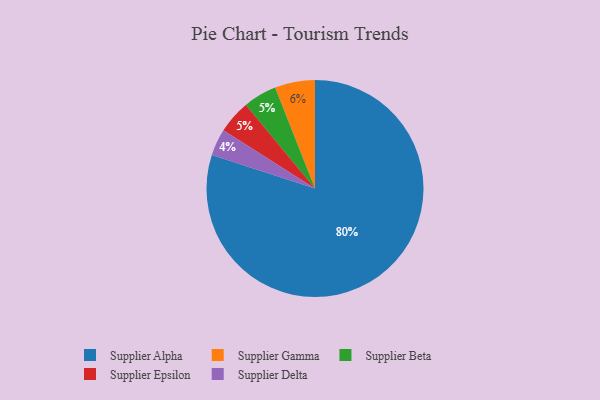
{"axis": {"x": "Category", "y": "Percentage"}, "legend": ["Supplier Alpha", "Supplier Beta", "Supplier Delta", "Supplier Epsilon", "Supplier Gamma"], "data": [{"x": "Supplier Alpha", "y": 80, "type": "Supplier Alpha"}, {"x": "Supplier Beta", "y": 5, "type": "Supplier Beta"}, {"x": "Supplier Delta", "y": 4, "type": "Supplier Delta"}, {"x": "Supplier Gamma", "y": 6, "type": "Supplier Gamma"}, {"x": "Supplier Epsilon", "y": 5, "type": "Supplier Epsilon"}]}